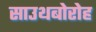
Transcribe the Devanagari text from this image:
साउथबोरोह